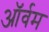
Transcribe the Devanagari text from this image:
ऑर्वम